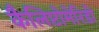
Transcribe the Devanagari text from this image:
कैलिप्टोमेरिडी